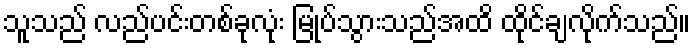
သူသည် လည်ပင်းတစ်ခုလုံး မြုပ်သွားသည်အထိ ထိုင်ချလိုက်သည်။